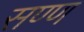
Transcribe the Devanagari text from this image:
सण्ण